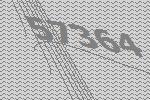
57364